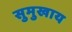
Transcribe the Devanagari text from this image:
सुमुखाय